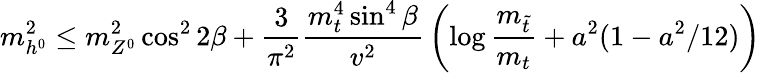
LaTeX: m_{h^{0}}^{2}\leq m_{Z^{0}}^{2}\cos^{2}2\beta+{\frac{3}{\pi^{2}}}{\frac{m_{t}^{4}\sin^{4}\beta}{v^{2}}}\left(\log{\frac{m_{\tilde{t}}}{m_{t}}}+a^{2}(1-a^{2}/12)\right)